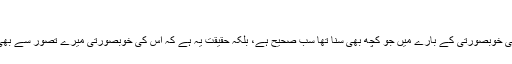
‘‘
’’اس شہر کی خوبصورتی کے بارے میں جو کچھ بھی سنا تھا سب صحیح ہے، بلکہ حقیقت یہ ہے کہ اس کی خوبصورتی میرے تصور سے بھی زیادہ تھی۔